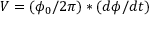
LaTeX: V = ( \phi _ { 0 } / 2 \pi ) * ( d \phi / d t )